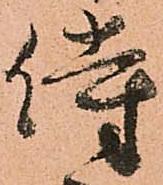
侍